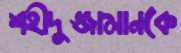
শহীদুজ্জামানকে